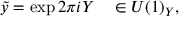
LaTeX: \tilde { y } = \exp 2 \pi i Y \ \ \ \in U ( 1 ) _ { Y } ,